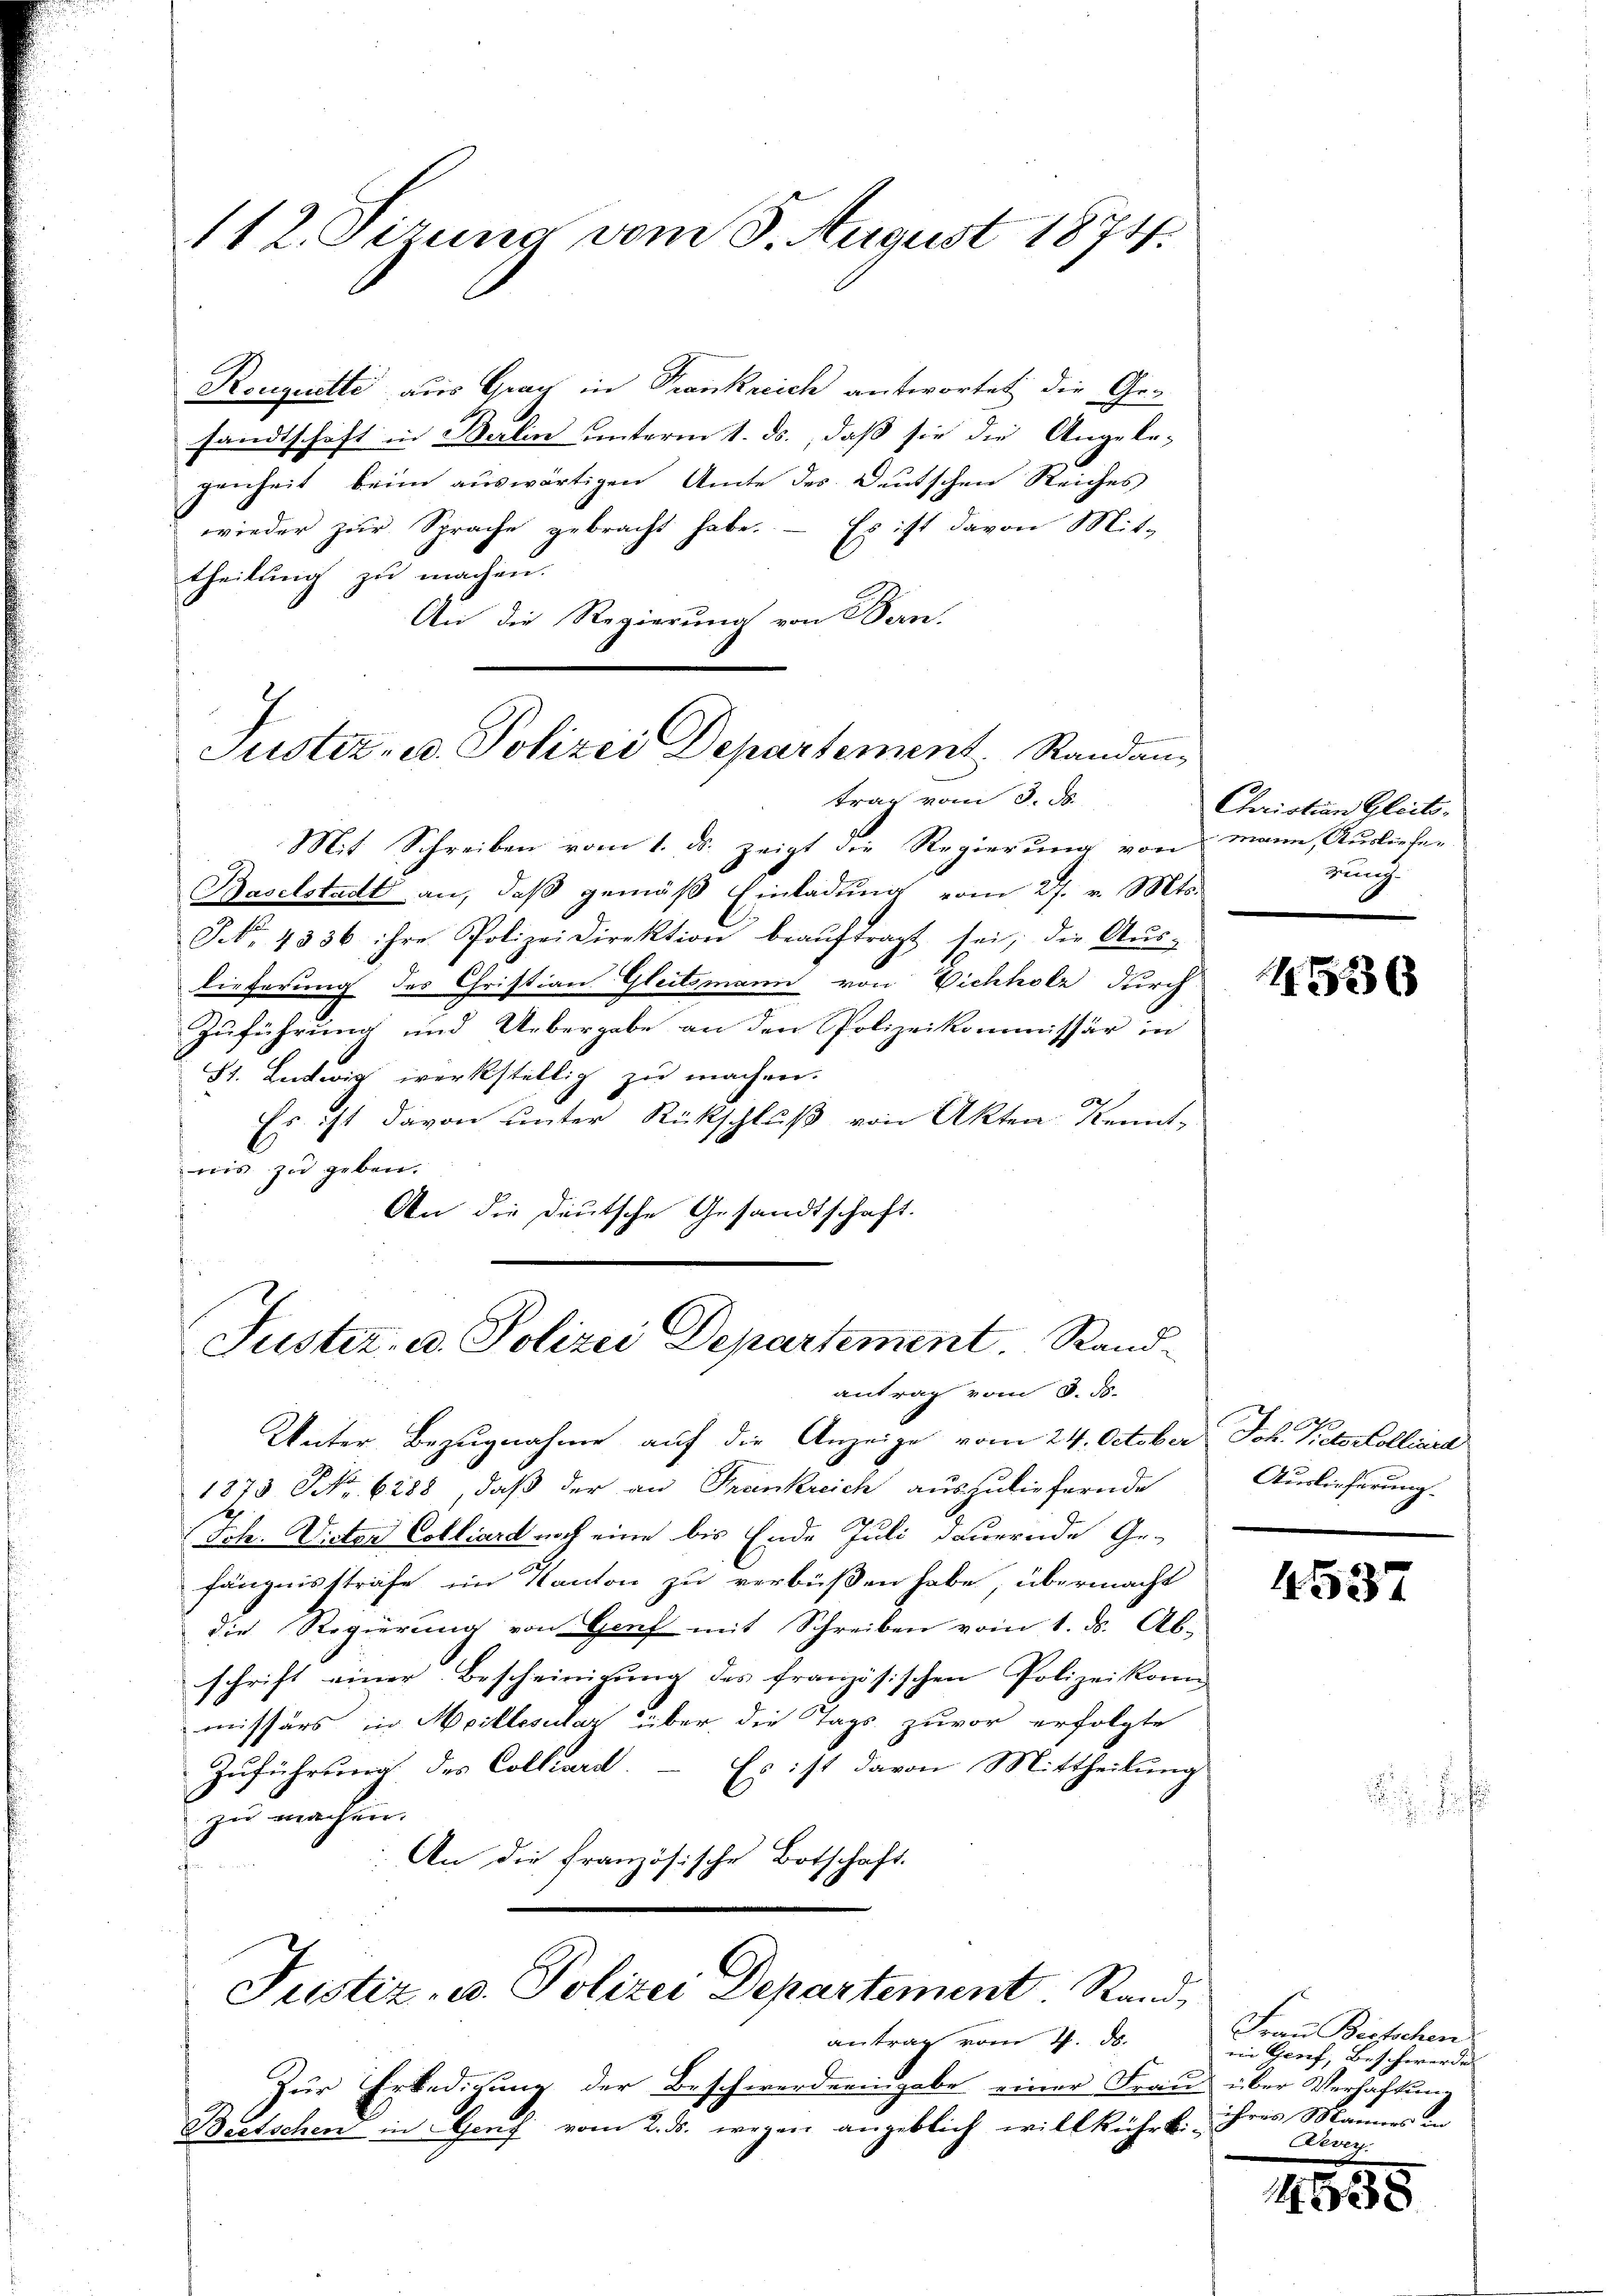
112. Sizung vom 5. August 1874.

Rouquette aus Grau in Trankreich antwortet, die Gesandtschaft in Berlin unterm 1. ds., daß sie die Angele-
genheit beim auswärtigen Amte des Deutschen Reiches
wieder zur Sprache gebracht habe. – Es ist davon Mit-
theilung zu machen.
An die Regierung von Bern.

Semingen
Justiz- u. Polizei Departement. Randan¬

Justiz- u. Polizei Departement. Sandantrag vom 3. ds.

trag vom 3. d.
Mit Schreiben vom 1. ds. zeigt die Regierung von mann, Ausliefen
Baselstadt an, daβ gemäβ Einladŭng vom 27. v. Mts.
NNo. 4336 ihre Polizeidirektion beaŭftragt sei, die Aŭs-
lieferung des Christian Gleitsmann von Vichholz durch
Zuführung und Uebergabe an den Polizeikommissär in
St. Ludwig werkstellig zu machen.

Es ist davon unter Rückschluß von Akten Kennt-
nis zu geben.
An die deutsche Gesandtschaft.

Unter Bezugnahme auf die Anzeige vom 24. October Joh. Protokollinea
1873 NNo. 6288, daß der an Frankreich auszuliefernde
Ich. Victor Colliard noch eine bis Ende Juli dauernde Ge-
fängnisstrafe im Kanton zu verbüßen habe, übermacht
die Regierŭng von Genf mit Schreiben vom 1. ds. Ab-
schrift einer Bescheinigung des französischen Polizeikom
missärs in Meillesalaz über die Tags zuvor erfolgte
Es ist davon Mittheilung
Zuführung des Collard
zu machen.
An die französische Botschaft.

Justiz, u. Polizei Departement. Randantrag vom 1. ds.

Zur Erledigung der Beschwerderingabe einer Frau über Verhaftung
Beetschen in Genf vom 2. ds. wegen angeblich willkührt. ihres Mannes an

Christian Gleitsrung

Auslieferung.

4537

Frau Bietschen
ein Genf, Beschwerde
Devers

4958